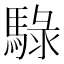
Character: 騄